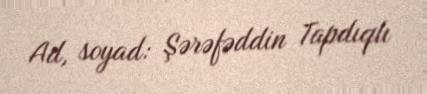
Ad, soyad: Şərəfəddin Tapdıqlı